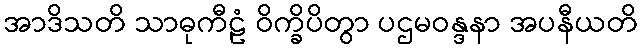
အာဒိသတိ သာဓုကီဠံ ဝိက္ခိပိတွာ ပဌမဝန္ဒနာ အပနီယတိ